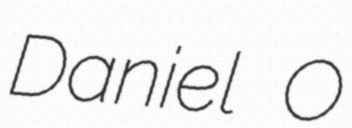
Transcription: Daniel O